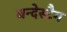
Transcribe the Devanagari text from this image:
बन्देस्टैग